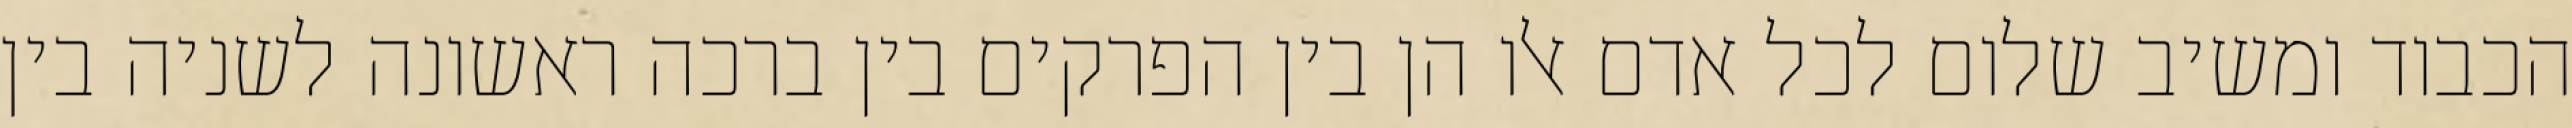
הכבוד ומשיב שלום לכל אדם אלו הן בין הפרקים בין ברכה ראשונה לשניה בין